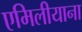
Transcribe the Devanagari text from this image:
एमिलीयाना